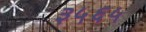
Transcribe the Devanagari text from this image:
३५६५